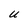
Character: U